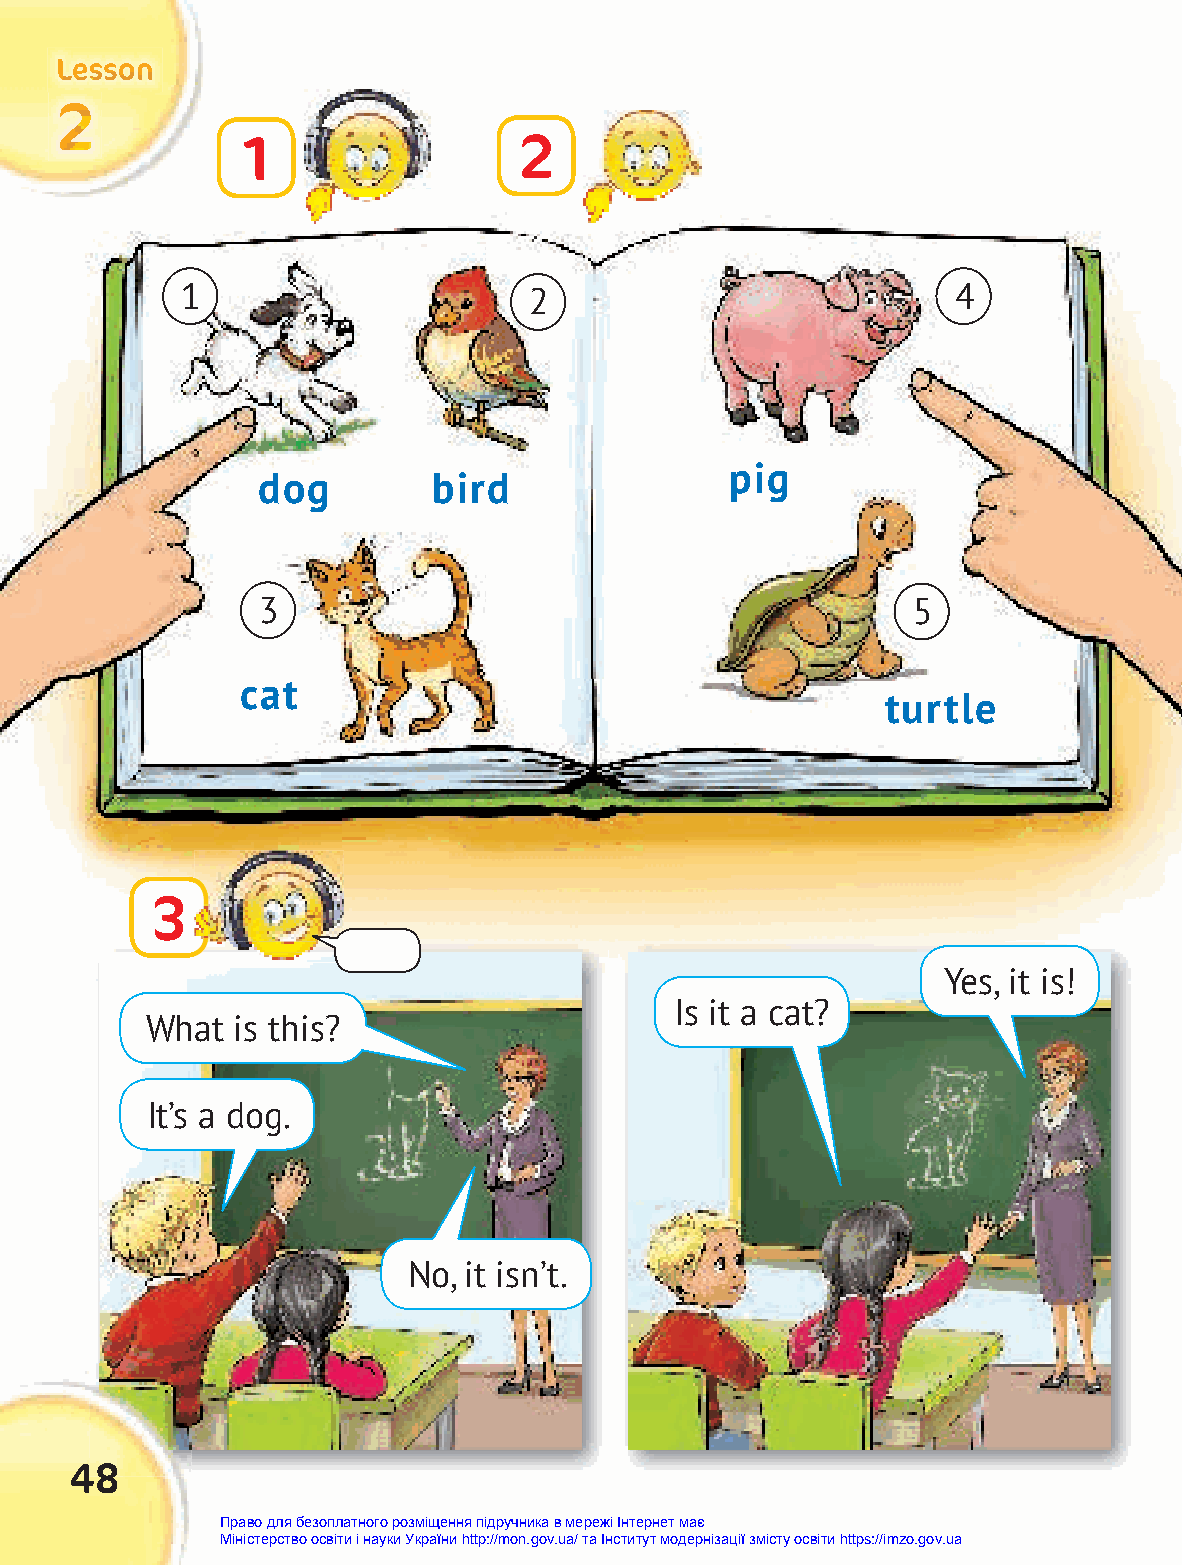
LLLeeessssssooonnn
 222
 1                 2
 1                      2                           4
 pig
 dog         bird
 3                                          5
 cat
 turtle
 3
 Yes, it is!
 Is it a cat?
 What  is this?
 It’s a dog.
 No, it isn’t.
 48
 Право для безоплатного розміщення підручника в мережі Інтернет має
 Міністерство освіти і науки України http://mon.gov.ua/ та Інститут модернізації змісту освіти https://imzo.gov.ua